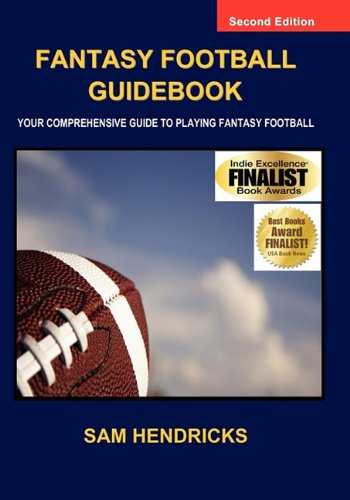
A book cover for Fantasy Football Guidebook: Your Comprehensive Guide to Playing Fantasy Football (2nd Edition); Sam Hendricks; Humor & Entertainment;